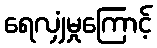
ရေလျှံမှုကြောင့်